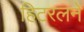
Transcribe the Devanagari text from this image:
हिटरलने